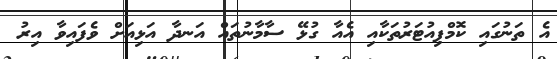
އެ ތަނުގައި ކޮމްޕިއުޓަރުތަކާއި އެއާ ގުޅޭ ސާމާނުތައް އަނދާ އަޅިއަށް ވެފައިވާ އިރު